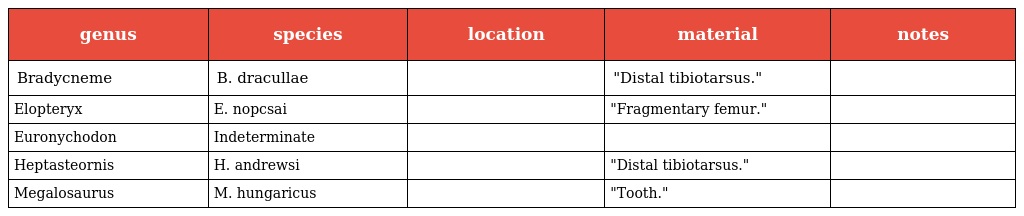
| genus | species | location | material | notes |
 | --- | --- | --- | --- | --- |
 | Bradycneme | B. dracullae |  | "Distal tibiotarsus." |  |
 | Elopteryx | E. nopcsai |  | "Fragmentary femur." |  |
 | Euronychodon | Indeterminate |  |  |  |
 | Heptasteornis | H. andrewsi |  | "Distal tibiotarsus." |  |
 | Megalosaurus | M. hungaricus |  | "Tooth." |  |